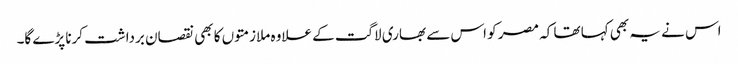
اس نے یہ بھی کہا تھا کہ مصر کو اس سے بھاری لاگت کے علاوہ ملازمتوں کا بھی نقصان برداشت کرنا پڑے گا۔